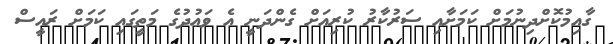
ގާއިމުކޮށްދިނުމަށް ކަމަށާއި ސަރުކާރު ކުރިއަށް ގެންދަނީ އެ ވަޢުދުގެ މަތީގައި ކަމަށް ރައީސް